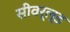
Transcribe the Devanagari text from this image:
सीवर्ल्ड